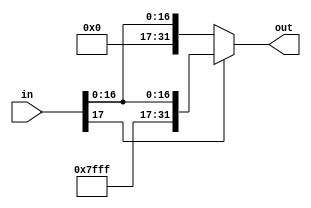
`ifndef __SIGNEXTEND_V__
`define __SIGNEXTEND_V__

module signExtendImm(
	input [17:0] in,
	output [31:0] out
	);

	assign out = (in[17] == 1) ? {14'b11111111111111, in} : {14'b00000000000000, in};

endmodule // end signExtendImm

module signExtendMd(in, out);
	input [21:0] in;
	output [31:0] out;

	assign out = (in[21] == 1) ? {10'b1111111111, in} : {10'b0000000000, in};

endmodule // signExtendMd

`endif /*__SIGNEXTEND_V__*/